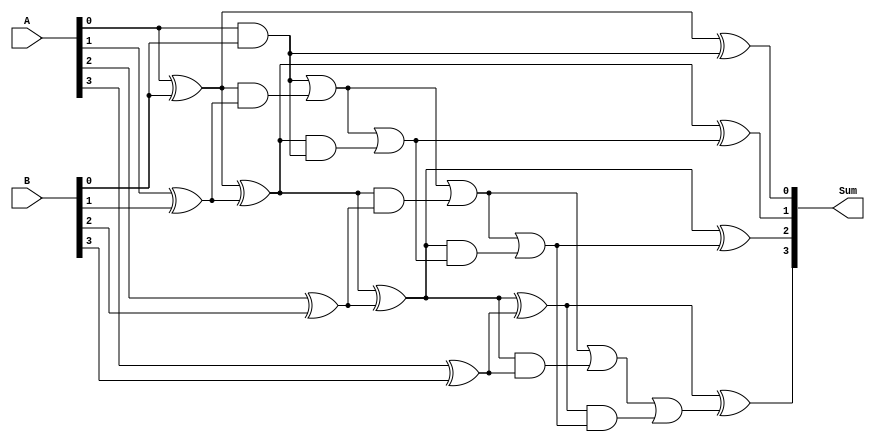
module brent_kung_adder(
    input [3:0] A,
    input [3:0] B,
    output [3:0] Sum
);

wire [3:0] P, G, C;

// Stage 1
assign P[0] = A[0] ^ B[0];
assign G[0] = A[0] & B[0];
assign C[0] = G[0];

// Stage 2
assign P[1] = P[0] ^ (A[1] ^ B[1]);
assign G[1] = G[0] | (P[0] & (A[1] ^ B[1]));
assign C[1] = G[1] | (P[1] & C[0]);

// Stage 3
assign P[2] = P[1] ^ (A[2] ^ B[2]);
assign G[2] = G[1] | (P[1] & (A[2] ^ B[2]));
assign C[2] = G[2] | (P[2] & C[1]);

// Stage 4
assign P[3] = P[2] ^ (A[3] ^ B[3]);
assign G[3] = G[2] | (P[2] & (A[3] ^ B[3]));
assign C[3] = G[3] | (P[3] & C[2]);

// Ripple Carry Stage
assign Sum[0] = P[0] ^ C[0];
assign Sum[1] = P[1] ^ C[1];
assign Sum[2] = P[2] ^ C[2];
assign Sum[3] = P[3] ^ C[3];

endmodule